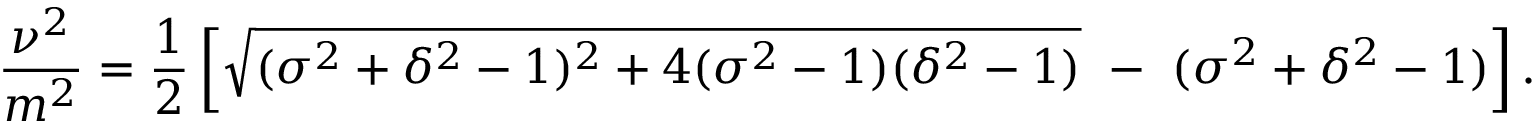
\frac { \nu ^ { 2 } } { m ^ { 2 } } = \frac { 1 } { 2 } \left[ \sqrt { ( \sigma ^ { 2 } + \delta ^ { 2 } - 1 ) ^ { 2 } + 4 ( \sigma ^ { 2 } - 1 ) ( \delta ^ { 2 } - 1 ) } \ - \ ( \sigma ^ { 2 } + \delta ^ { 2 } - 1 ) \right] .